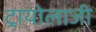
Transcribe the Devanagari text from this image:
ट्रायोलाजी